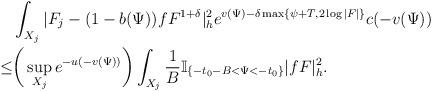
LaTeX: \begin{align*}&\int_{X_j}|F_{j}-(1-b(\Psi))fF^{1+\delta}|_{h}^2e^{v(\Psi)-\delta \max\{\psi+T,2\log|F|\}}c(-v(\Psi))\\\le&\bigg(\sup_{X_j}e^{-u(-v(\Psi))}\bigg)\int_{X_j}\frac{1}{B}\mathbb{I}_{\{-t_0-B<\Psi<-t_0\}} |fF|^2_h.\end{align*}